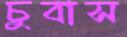
চুবাস